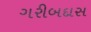
ગરીબદાસ